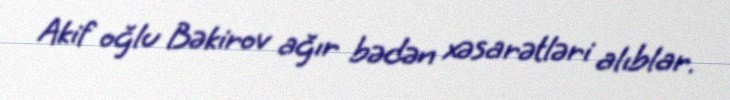
Akif oğlu Bəkirov ağır bədən xəsarətləri alıblar.